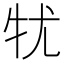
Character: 𤘜